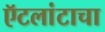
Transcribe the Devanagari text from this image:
ऍटलांटाचा